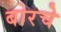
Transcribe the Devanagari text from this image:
बोरचे